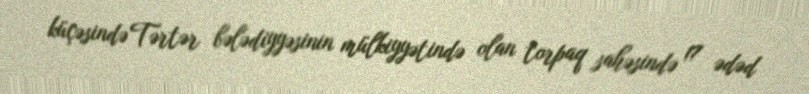
küçəsində Tərtər bələdiyyəsinin mülkiyyətində olan torpaq sahəsində 17 ədəd